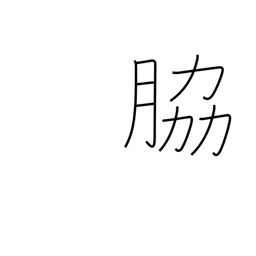
Meaning: supporting role